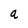
Character: a